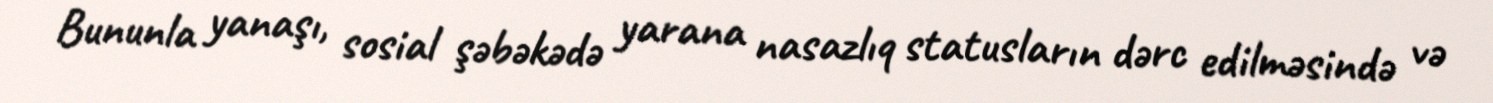
Bununla yanaşı, sosial şəbəkədə yarana nasazlıq statusların dərc edilməsində və